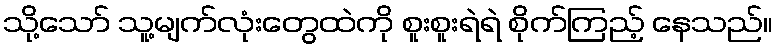
သို့သော် သူ့မျက်လုံးတွေထဲကို စူးစူးရဲရဲ စိုက်ကြည့် နေသည်။